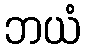
ဘယံ